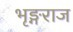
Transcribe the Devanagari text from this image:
भृङ्गराज